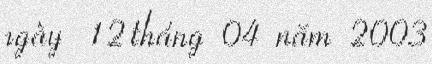
ngày 12 tháng 04 năm 2003